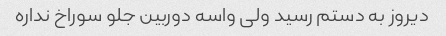
دیروز به دستم رسید ولی واسه دوربین جلو سوراخ نداره